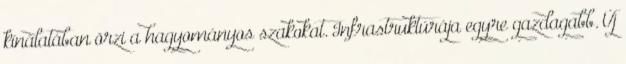
kínálatában õrzi a hagyományos szakokat. Infrastruktúrája egyre gazdagabb. Új